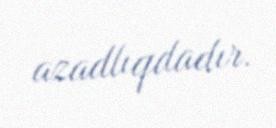
azadlıqdadır.